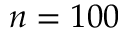
n = 1 0 0